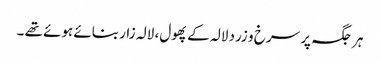
ہر جگہ پر سرخ و زرد لالہ کے پھول، لالہ زار بنائے ہوئے تھے ۔